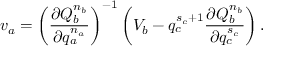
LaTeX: v _ { a } = \left( \frac { \partial Q _ { b } ^ { n _ { b } } } { \partial q _ { a } ^ { n _ { a } } } \right) ^ { - 1 } \left( V _ { b } - q _ { c } ^ { s _ { c } + 1 } \frac { \partial Q _ { b } ^ { n _ { b } } } { \partial q _ { c } ^ { s _ { c } } } \right) .